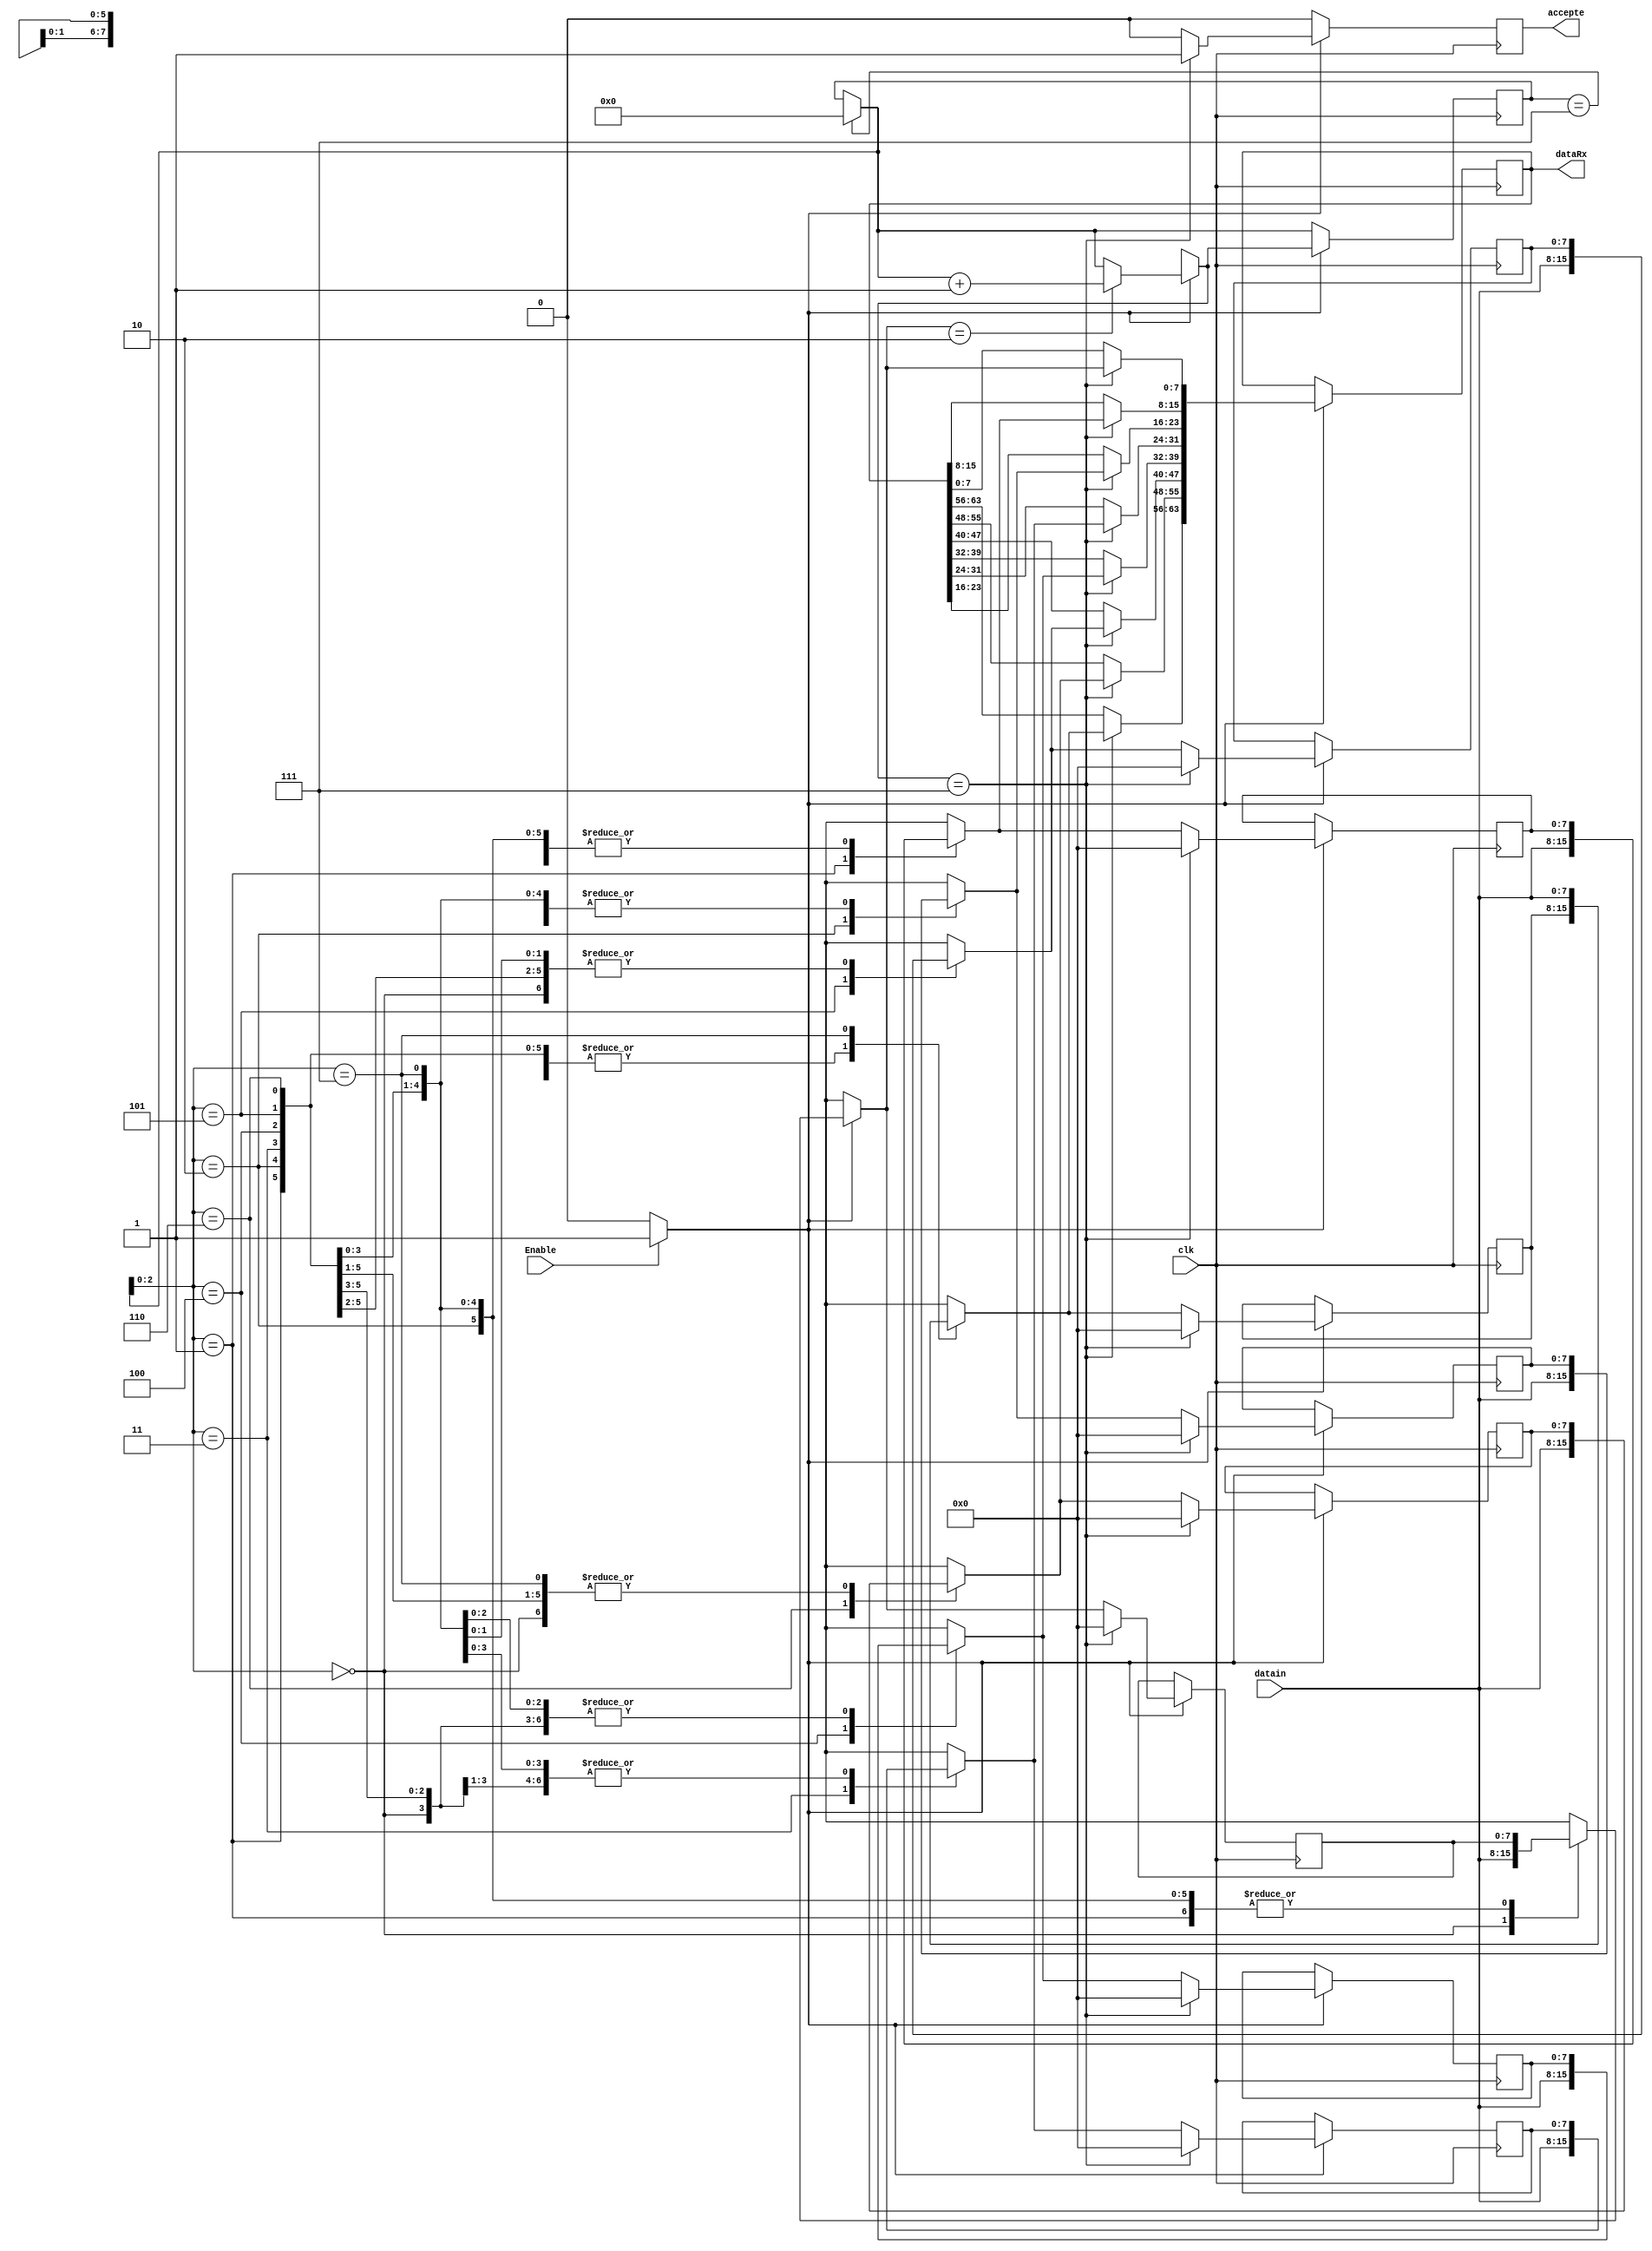
/*Designed by: Minor A. S.

*/
module modbus_Rx_v4(clk,datain,Enable,dataRx,accepte);
input clk;
input [7:0] datain;
input Enable;
output reg accepte;
output reg [63:0] dataRx;

reg [7:0] Message [7:0];//massive message
reg [5:0] i = 0;
reg flag = 0;

//========================================
always@(posedge clk) begin
	
	if(i == 7) begin
		i = 0;
	end
	accepte = 0;
	
	if((Enable == 1)&&(flag == 0))flag = 1;

	if(flag == 1)begin
	
		Message [i] = datain[7:0];
		
		if(Message[0] == 2) i = i + 1;
		
		if(i == 7) begin
				dataRx[7:0]=Message[0];
				dataRx[15:8]=Message[1];
				dataRx[23:16]=Message[2];
				dataRx[31:24]=Message[3];
				dataRx[39:32]=Message[4];
				dataRx[47:40]=Message[5];
				dataRx[55:48]=Message[6];
				dataRx[63:56]=Message[7];
				
				Message[0] = 0;
				Message[1] = 0;
				Message[2] = 0;
				Message[3] = 0;
				Message[4] = 0;
				Message[5] = 0;
				Message[6] = 0;
				Message[7] = 0;
				accepte = 1;
		end
		
//		a = 0;
		flag = 0;
	end
end

endmodule